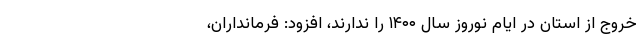
خروج از استان در ایام نوروز سال ۱۴۰۰ را ندارند، افزود: فرمانداران،